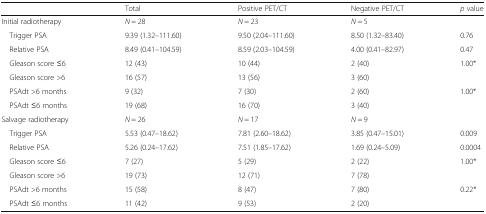
|  | Total | Positive PET/CT | Negative PET/CT | p value |
 | --- | --- | --- | --- | --- |
 | Initial radiotherapy | N = 28 | N = 23 | N = 5 |  |
 | Trigger PSA | 9.39 (1.32–111.60) | 9.50 (2.04–111.60) | 8.50 (1.32–83.40) | 0.76 |
 | Relative PSA | 8.49 (0.41–104.59) | 8.59 (2.03–104.59) | 4.00 (0.41–82.97) | 0.47 |
 | Gleason score ≤6 | 12 (43) | 10 (44) | 2 (40) | 1.00* |
 | Gleason score >6 | 16 (57) | 13 (56) | 3 (60) |  |
 | PSAdt >6 months | 9 (32) | 7 (30) | 2 (60) | 1.00* |
 | PSAdt ≤6 months | 19 (68) | 16 (70) | 3 (40) |  |
 | Salvage radiotherapy | N = 26 | N = 17 | N = 9 |  |
 | Trigger PSA | 5.53 (0.47–18.62) | 7.81 (2.60–18.62) | 3.85 (0.47–15.01) | 0.009 |
 | Relative PSA | 5.26 (0.24–17.62) | 7.51 (1.85–17.62) | 1.69 (0.24–5.09) | 0.0004 |
 | Gleason score ≤6 | 7 (27) | 5 (29) | 2 (22) | 1.00* |
 | Gleason score >6 | 19 (73) | 12 (71) | 7 (78) |  |
 | PSAdt >6 months | 15 (58) | 8 (47) | 7 (80) | 0.22* |
 | PSAdt ≤6 months | 11 (42) | 9 (53) | 2 (20) |  |